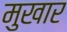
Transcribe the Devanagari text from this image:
मुखार